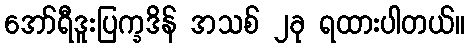
အော်ရီဒူးပြက္ခဒိန် အသစ် ၂ခု ရထားပါတယ်။